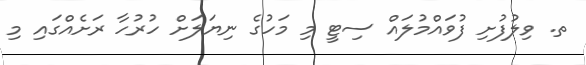
ތ. ވިލުފުށި ފުވައްމުލައް ސިޓީ މި މަހުގެ ނިޔަލަށް ހުރުހާ ރަށެއްގައި މި